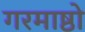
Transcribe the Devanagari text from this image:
गरमाष्ठो